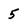
Character: 5